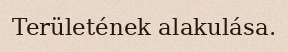
Területének alakulása.